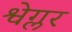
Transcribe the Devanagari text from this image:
श्वेग्लर